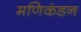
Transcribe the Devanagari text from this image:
मणिकंडन